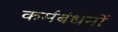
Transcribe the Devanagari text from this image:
कर्मबंधनों